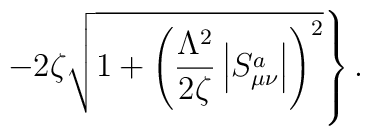
\left.-2\zeta\sqrt{1+\left(\frac{\Lambda^2}{2\zeta}\left|S_{\mu\nu}^a\right|\right)^2}\right\}.